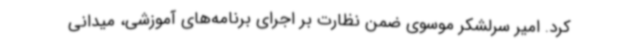
کرد. امیر سرلشکر موسوی ضمن نظارت بر اجرای برنامه‌های آموزشی، میدانی